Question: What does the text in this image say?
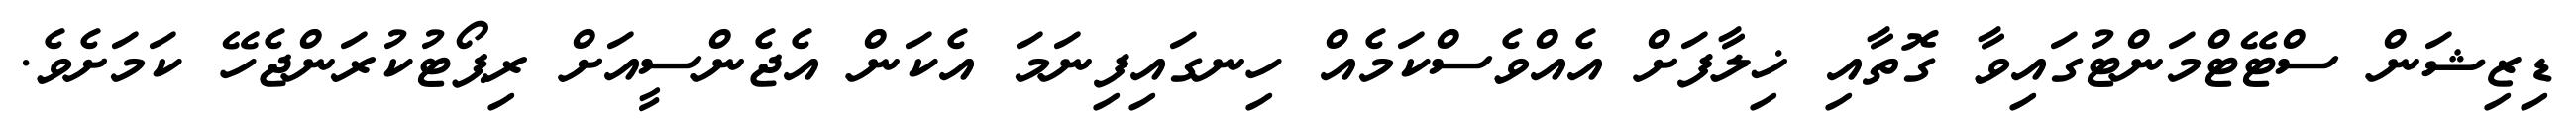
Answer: ޑިޒިޝަން ސްޓޭޓްމަންޓުގައިވާ ގޮތާއި ޚިލާފަށް އެއްވެސްކަމެއް ހިނގައިފިނަމަ އެކަން އެޖެންސީއަށް ރިޕޯޓުކުރަންޖެހޭ ކަމަށެވެ.